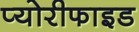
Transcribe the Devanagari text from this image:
प्योरीफाइड